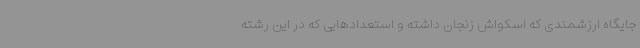
جایگاه ارزشمندی که اسکواش زنجان داشته و استعدادهایی که در این رشته